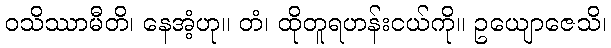
ဝသိဿာမီတိ၊ နေအံ့ဟု။ တံ၊ ထိုတူရဟန်းငယ်ကို။ ဥယျောဇေသိ၊